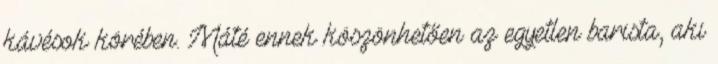
kávésok körében. Máté ennek köszönhetően az egyetlen barista, aki